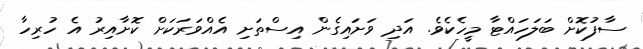
ސާފުކޮށް ބަލަހައްޓާ މީހެކެވެ. އަދި ވަށައިގެން އިސްތަށި އެއްވަރަކަށް ކޮށާއިރު އެ ހުރިހާ